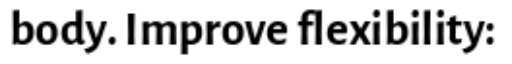
body. Improve flexibility: